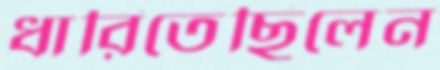
ধারিতেছিলেন